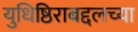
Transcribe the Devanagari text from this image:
युधिष्ठिराबद्दलच्या